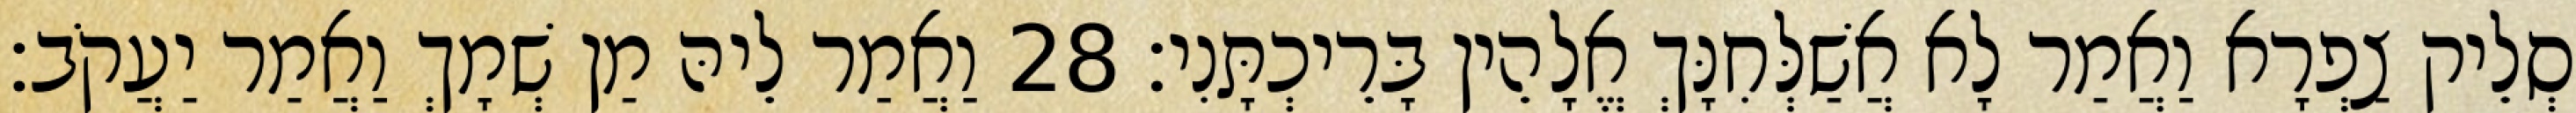
סְלֵיק צַפְרָא וַאֲמַר לָא אֲשַׁלְּחִנָּךְ אֱלָהֵין בָּרֵיכְתָּנִי׃ 28 וַאֲמַר לֵיהּ מַן שְׁמָךְ וַאֲמַר יַעֲקֹב׃